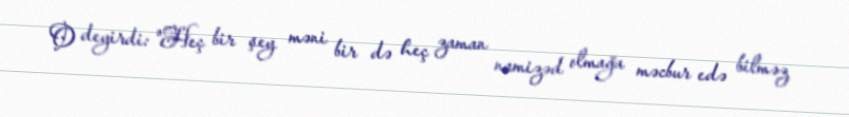
O deyirdi: "Heç bir şey məni bir də heç zaman namizəd olmağa məcbur edə bilməz